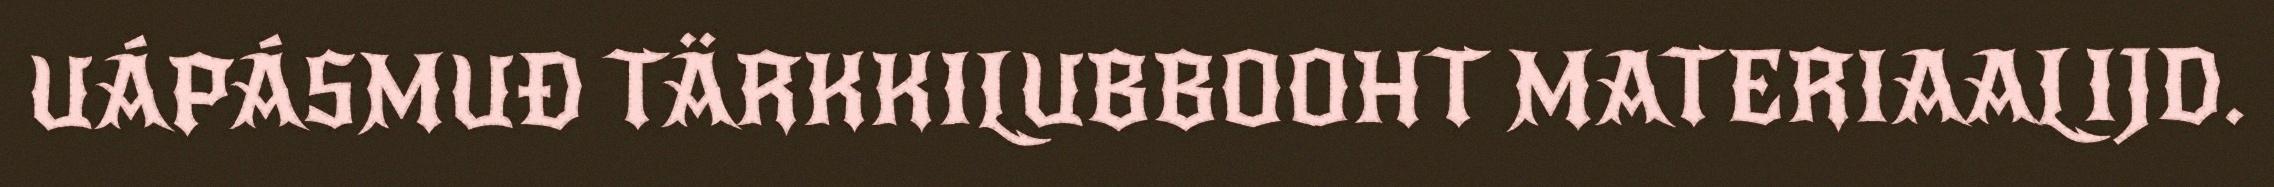
UÁPÁSMUĐ TÄRKKILUBBOOHT MATERIAALIJD.